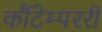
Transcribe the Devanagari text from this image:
कौंटेम्पररी